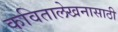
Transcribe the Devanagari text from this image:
कवितालेखनासाठी